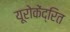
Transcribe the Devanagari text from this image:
यूरोकेंद्रित